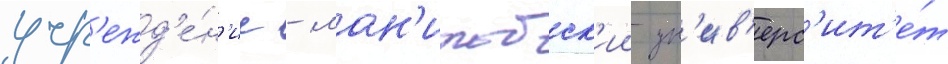
учр'ежд'е́н'ие - ман'итобск'ии ун'ив'ерс'ит'е́т